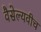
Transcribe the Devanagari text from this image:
वैसेल्यवीच